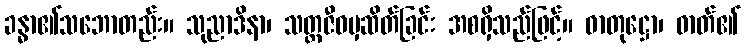
ခန္ဓာ၏သဘောတည်း။ သုညာဒိနာ၊ သတ္တဇီဝမှဆိတ်ခြင်း အစရှိသည်ဖြင့်။ ဓာတုဋ္ဌော၊ ဓာတ်၏